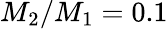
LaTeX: M_{2}/M_{1}=0.1